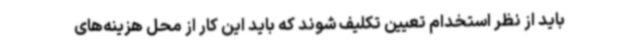
باید از نظر استخدام تعیین تکلیف شوند که باید این کار از محل هزینه‌های